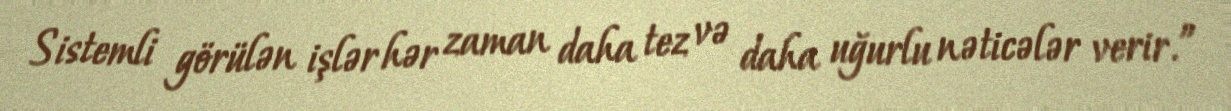
Sistemli görülən işlər hər zaman daha tez və daha uğurlu nəticələr verir.”